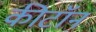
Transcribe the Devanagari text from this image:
कीटॉन